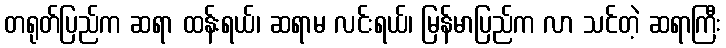
တရုတ်ပြည်က ဆရာ ထန်းရယ်၊ ဆရာမ လင်းရယ်၊ မြန်မာပြည်က လာ သင်တဲ့ ဆရာကြီး